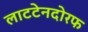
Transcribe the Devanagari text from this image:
लाटटेनदोरफ